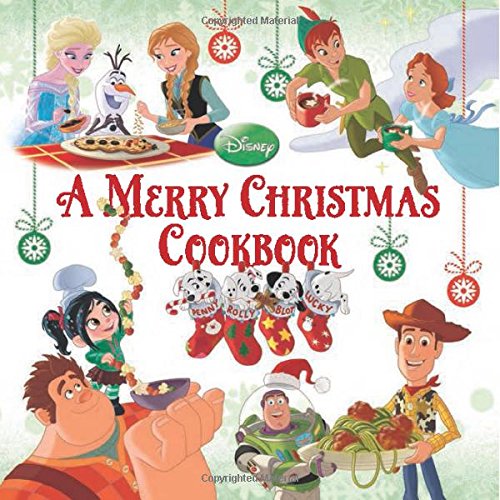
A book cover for A Merry Christmas Cookbook; Disney Book Group; Children's Books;